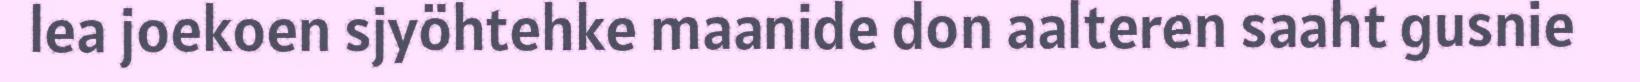
lea joekoen sjyöhtehke maanide don aalteren saaht gusnie